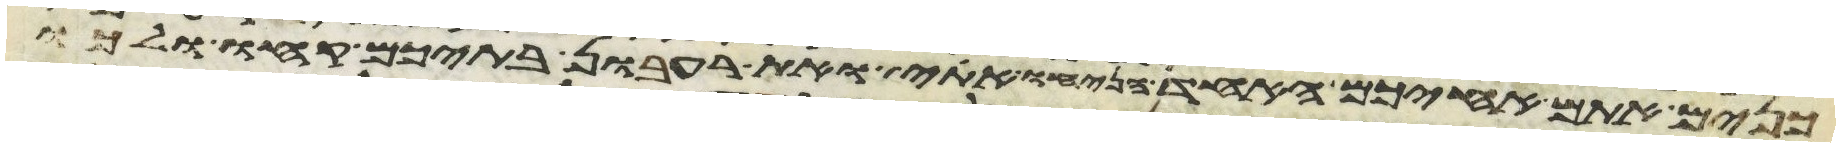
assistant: כנים אתם אחיכם האחד הניחו אתי ואת רעבון בתיכם קחו ולכו